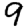
Digit: 9